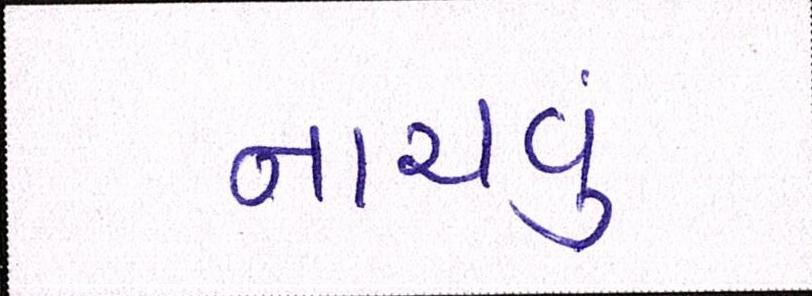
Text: નાચવું